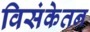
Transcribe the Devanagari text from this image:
विसंकेतन